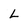
Character: L